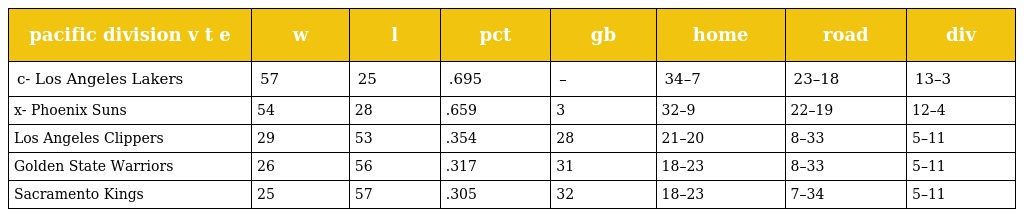
| pacific division v t e | w | l | pct | gb | home | road | div |
 | --- | --- | --- | --- | --- | --- | --- | --- |
 | c- Los Angeles Lakers | 57 | 25 | .695 | – | 34–7 | 23–18 | 13–3 |
 | x- Phoenix Suns | 54 | 28 | .659 | 3 | 32–9 | 22–19 | 12–4 |
 | Los Angeles Clippers | 29 | 53 | .354 | 28 | 21–20 | 8–33 | 5–11 |
 | Golden State Warriors | 26 | 56 | .317 | 31 | 18–23 | 8–33 | 5–11 |
 | Sacramento Kings | 25 | 57 | .305 | 32 | 18–23 | 7–34 | 5–11 |